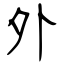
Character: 外